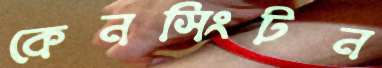
কেনসিংটন